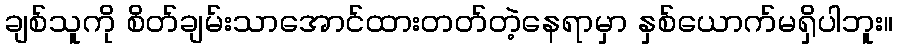
ချစ်သူကို စိတ်ချမ်းသာအောင်ထားတတ်တဲ့နေရာမှာ နှစ်ယောက်မရှိပါဘူး။